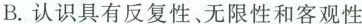
B.认识具有反复性、无限性和客观性